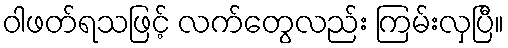
ဝါဖတ်ရသဖြင့် လက်တွေလည်း ကြမ်းလှပြီ။